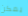
يمكن